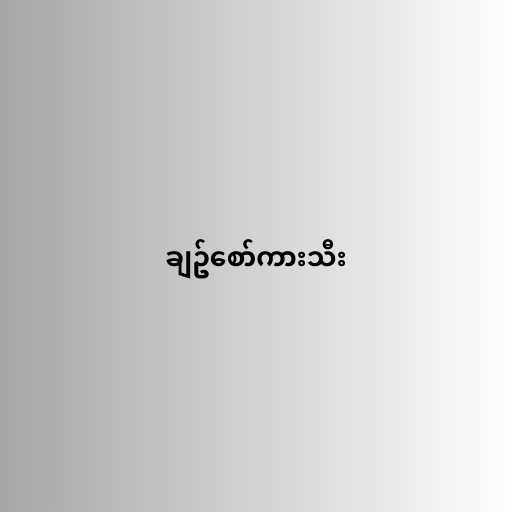
ချဥ်စော်ကားသီး